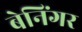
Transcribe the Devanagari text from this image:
बेनिंगर